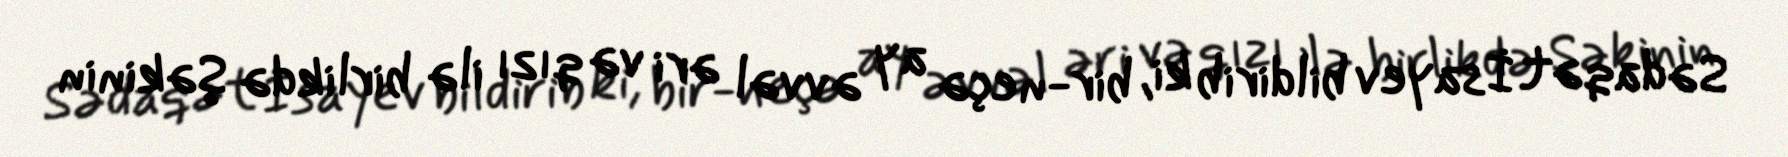
Sədaqət İsayev bildirib ki, bir-neçə ay əvvəl əri və qızı ilə birlikdə Şəkinin